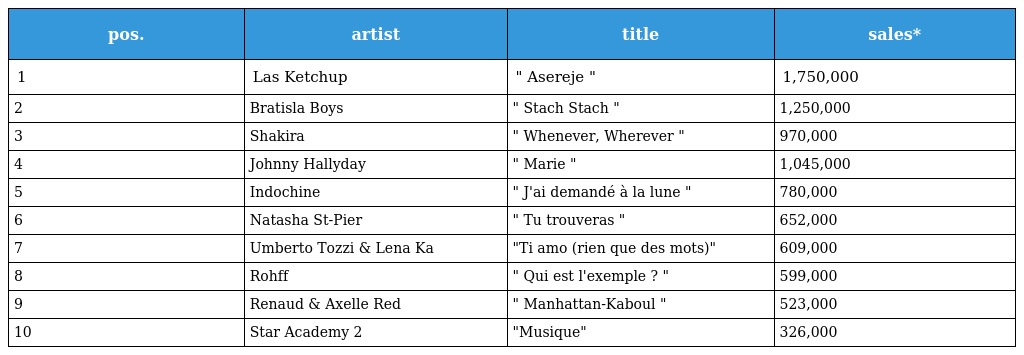
| pos. | artist | title | sales* |
 | --- | --- | --- | --- |
 | 1 | Las Ketchup | " Asereje " | 1,750,000 |
 | 2 | Bratisla Boys | " Stach Stach " | 1,250,000 |
 | 3 | Shakira | " Whenever, Wherever " | 970,000 |
 | 4 | Johnny Hallyday | " Marie " | 1,045,000 |
 | 5 | Indochine | " J'ai demandé à la lune " | 780,000 |
 | 6 | Natasha St-Pier | " Tu trouveras " | 652,000 |
 | 7 | Umberto Tozzi & Lena Ka | "Ti amo (rien que des mots)" | 609,000 |
 | 8 | Rohff | " Qui est l'exemple ? " | 599,000 |
 | 9 | Renaud & Axelle Red | " Manhattan-Kaboul " | 523,000 |
 | 10 | Star Academy 2 | "Musique" | 326,000 |